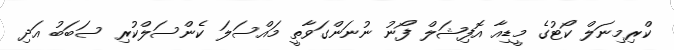
ކްރިމިނަލް ކޯޓުގެ މީޑިއާ އޮފިޝަލް ފޯނު ނުނަންގަވާތީ މައްސަލަ ކެންސަލްކުރި ސަބަބު އަދި